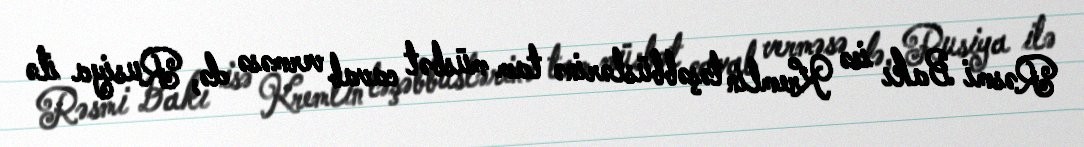
Rəsmi Bakı isə Kremlin təşəbbüslərinə tam müsbət cavab verməsə də, Rusiya ilə